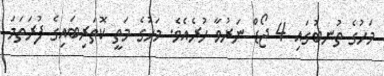
މަހުގެ ތުނބުގައި 4 ޖޯޑް ނަރުވާ ހުރެއެވެ. މަހުގެ މަތީ ކޮތަރިބައިގެ ފުރަތަމަ